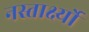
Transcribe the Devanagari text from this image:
नस्तार्क्ष्यो